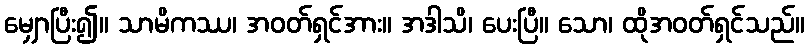
မျှောပြီး၍။ သာမိကဿ၊ အဝတ်ရှင်အား။ အဒါသိ၊ ပေးပြီ။ သော၊ ထိုအဝတ်ရှင်သည်။